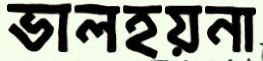
ভালহয়না